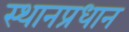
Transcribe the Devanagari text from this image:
स्थानप्रधान